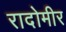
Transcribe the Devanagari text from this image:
रादोमीर